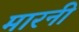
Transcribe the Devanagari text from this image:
मारनी